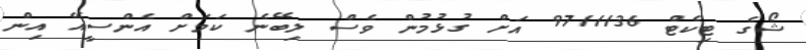
ޝޯގެ ޓިކެޓް 9711136 އަށް ގުޅުމުން ވެސް ލިބޭނެ ކަމަށް އެންސީއޭ އިން